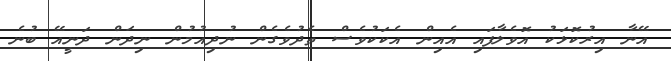
އޭނާ އިރުކޮޅަކު އޮވެލާފައި އެއިން އެކަކުވެސް ތެދުވެގެން ނުދިއުމުން ނިދަން ދަނީއޭ ބުނެ